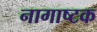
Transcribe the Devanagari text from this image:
नागाष्टक